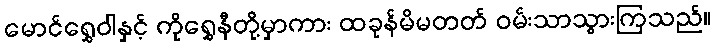
မောင်ရွှေဝါနှင့် ကိုရွှေနီတို့မှာကား ထခုန်မိမတတ် ဝမ်းသာသွားကြသည်။